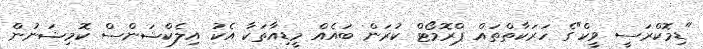
"ޑިމޮކްރަސީ ވީކް"ގެ ހަރަކާތްތައް ޕްރޮމޯޓް ކުރަން ބައެއް މީޑިއާތަކާ އެކު އިލެކްޝަންސް ކޮމިޝަނުން